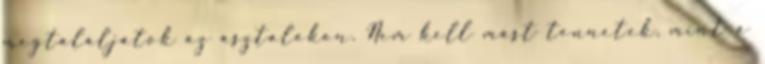
megtaláljátok az asztalokon. Nem kell mást tennetek, mint a